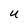
Character: u